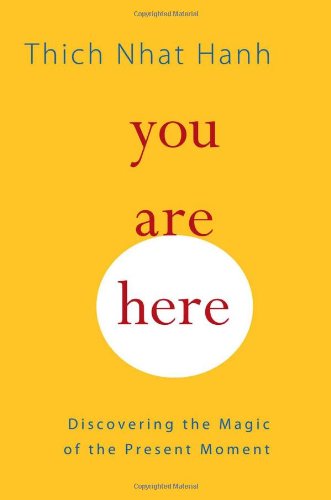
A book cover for You Are Here: Discovering the Magic of the Present Moment; Thich Nhat Hanh; Politics & Social Sciences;